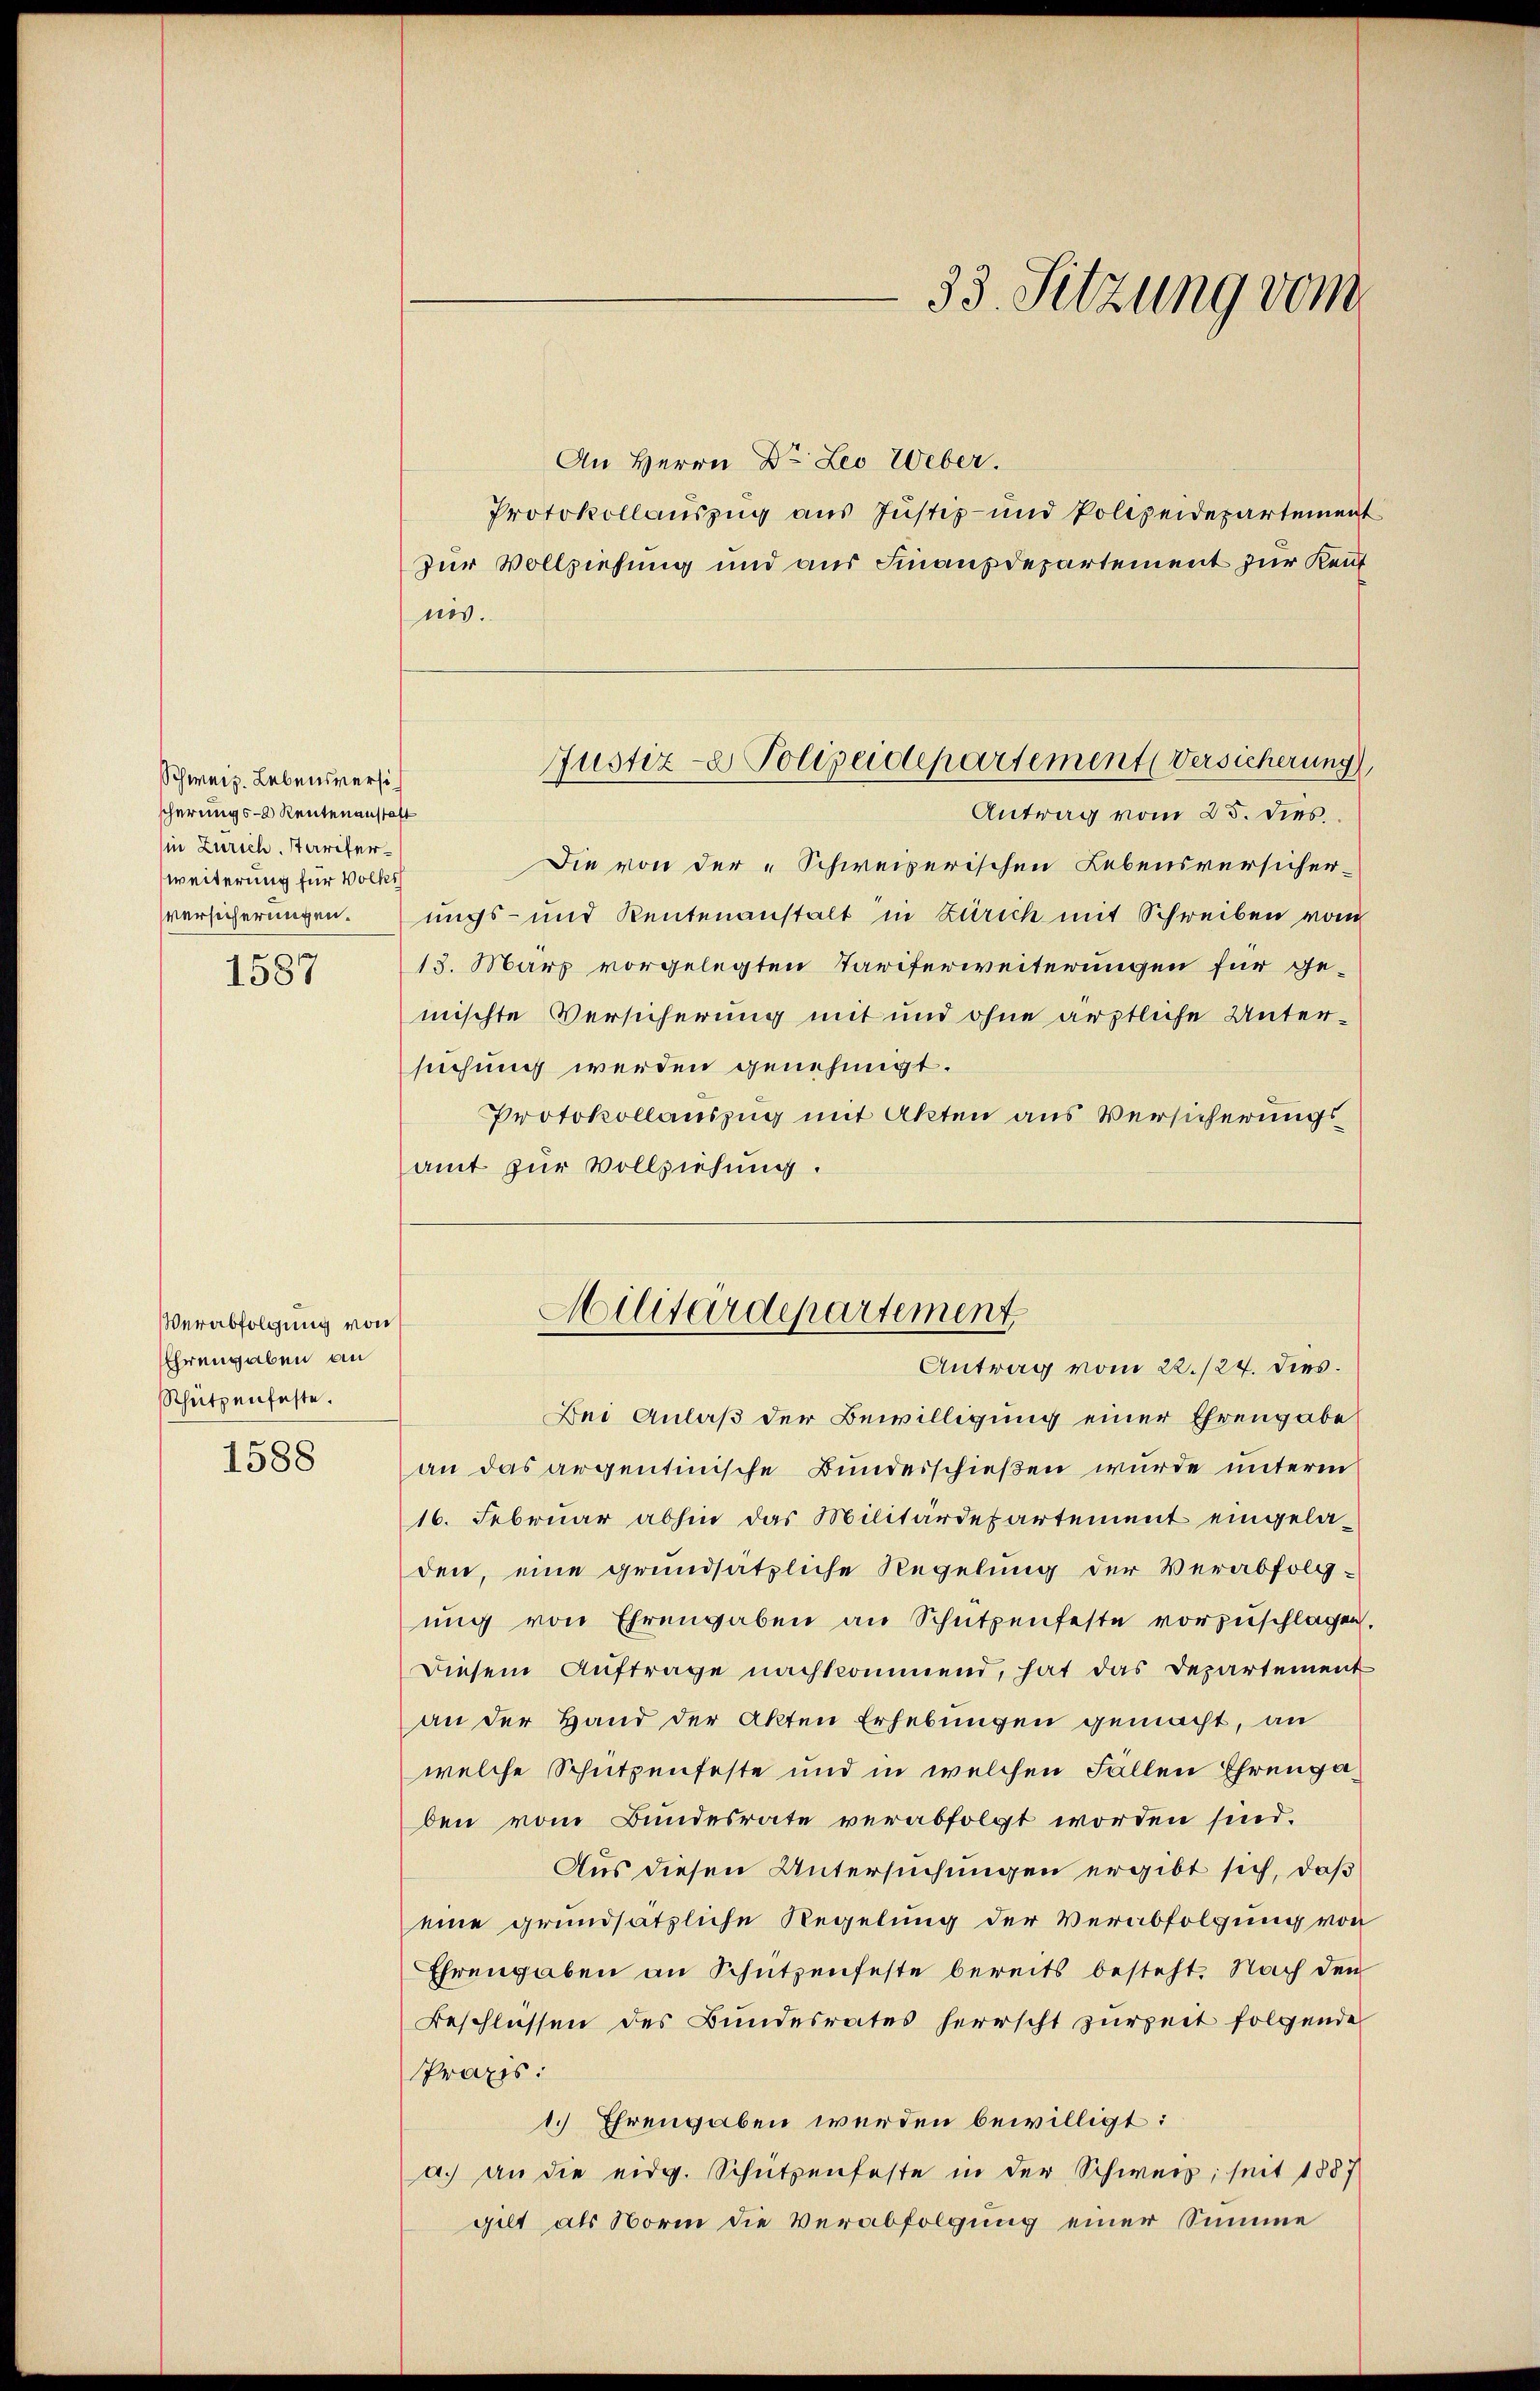
Schweiz. Lebensversich
scherungs- Rentenanstalt
in Zürich, stariferweiterung für Volks
versicherungen.
1587

Verabfolgung von
Ehrengaben an
Schützenfeste.
1588

33. Setzung vom

An Herrn Dr. Leo Weber.
Protokollauszug aus Justiz- und Polizeidepartement
zur Vollziehung und aus Finanzdepartement zur Reut
nis.
Antrag vom 25. dies
Die von der „Schweizerischen Lebensversicher-
ungs- und Rentenanstalt in Zürich mit Schreiben vom
13. März vorgelegten Tariferweiterungen für ge-
mischte Versicherung mit und ohne ärztliche Untersuchung werden genehmigt.
Protokollauszug mit Akten aus Versicherungsamt zur Vollziehung.
Bei Anlaß der Bewilligung einer Ehrengabe
an das argentinische Bundesschießen wurde unterm
16. Februar abhin das Militärdepartement eingeladen, eine grundsätzliche Regelung der Verabfolgung von Ehrengaben an Schützenfeste vorzuschlagen.
Diesem Auftrage nachkommend, hat das Departement
an der Hand der Akten Erhebungen gemacht, an
welche Schutzenfeste und in welchen Fällen Ehrengaden vom Bundesrate verabfolgt worden sind.
Aus diesen Untersuchungen ergibt sich, daß
eine grundsätzliche Regelung der Verabfolgung von
Ehrengaben an Schützenfeste bereits besteht. Nach den
Beschlüssen des Bundesrates herrscht zurzeit folgende
Praxis:
1.) Ehrengaben werden bewilligt:
a.) an die eidg. Schützenfeste in der Schweiz, seit 1887
gilt als Norin die Verabfolgung einer Summe

Justiz- & Polizeidepartement (Versicherung

Militärdepartement.
Antrag vom 22./24. dies.